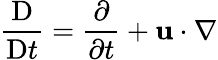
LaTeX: \frac{\mathrm{D}}{\mathrm{D}t}=\frac{\partial}{\partial t}+\mathbf{u}\cdot\nabla